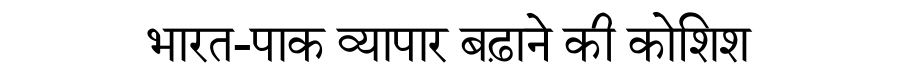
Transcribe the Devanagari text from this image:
भारत-पाक व्यापार बढ़ाने की कोशिश